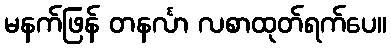
မနက်ဖြန် တနင်္လာ လစာထုတ်ရက်ပေ။